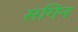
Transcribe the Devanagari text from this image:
सगिन